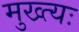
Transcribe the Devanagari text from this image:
मुख्त्यः